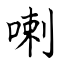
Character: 喇